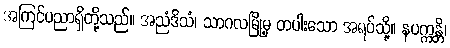
အကြင်ပညာရှိတို့သည်။ အညံဒိသံ၊ သာဂလမြို့မှ တပါးသော အရပ်သို့။ နပက္ကန္တိ၊